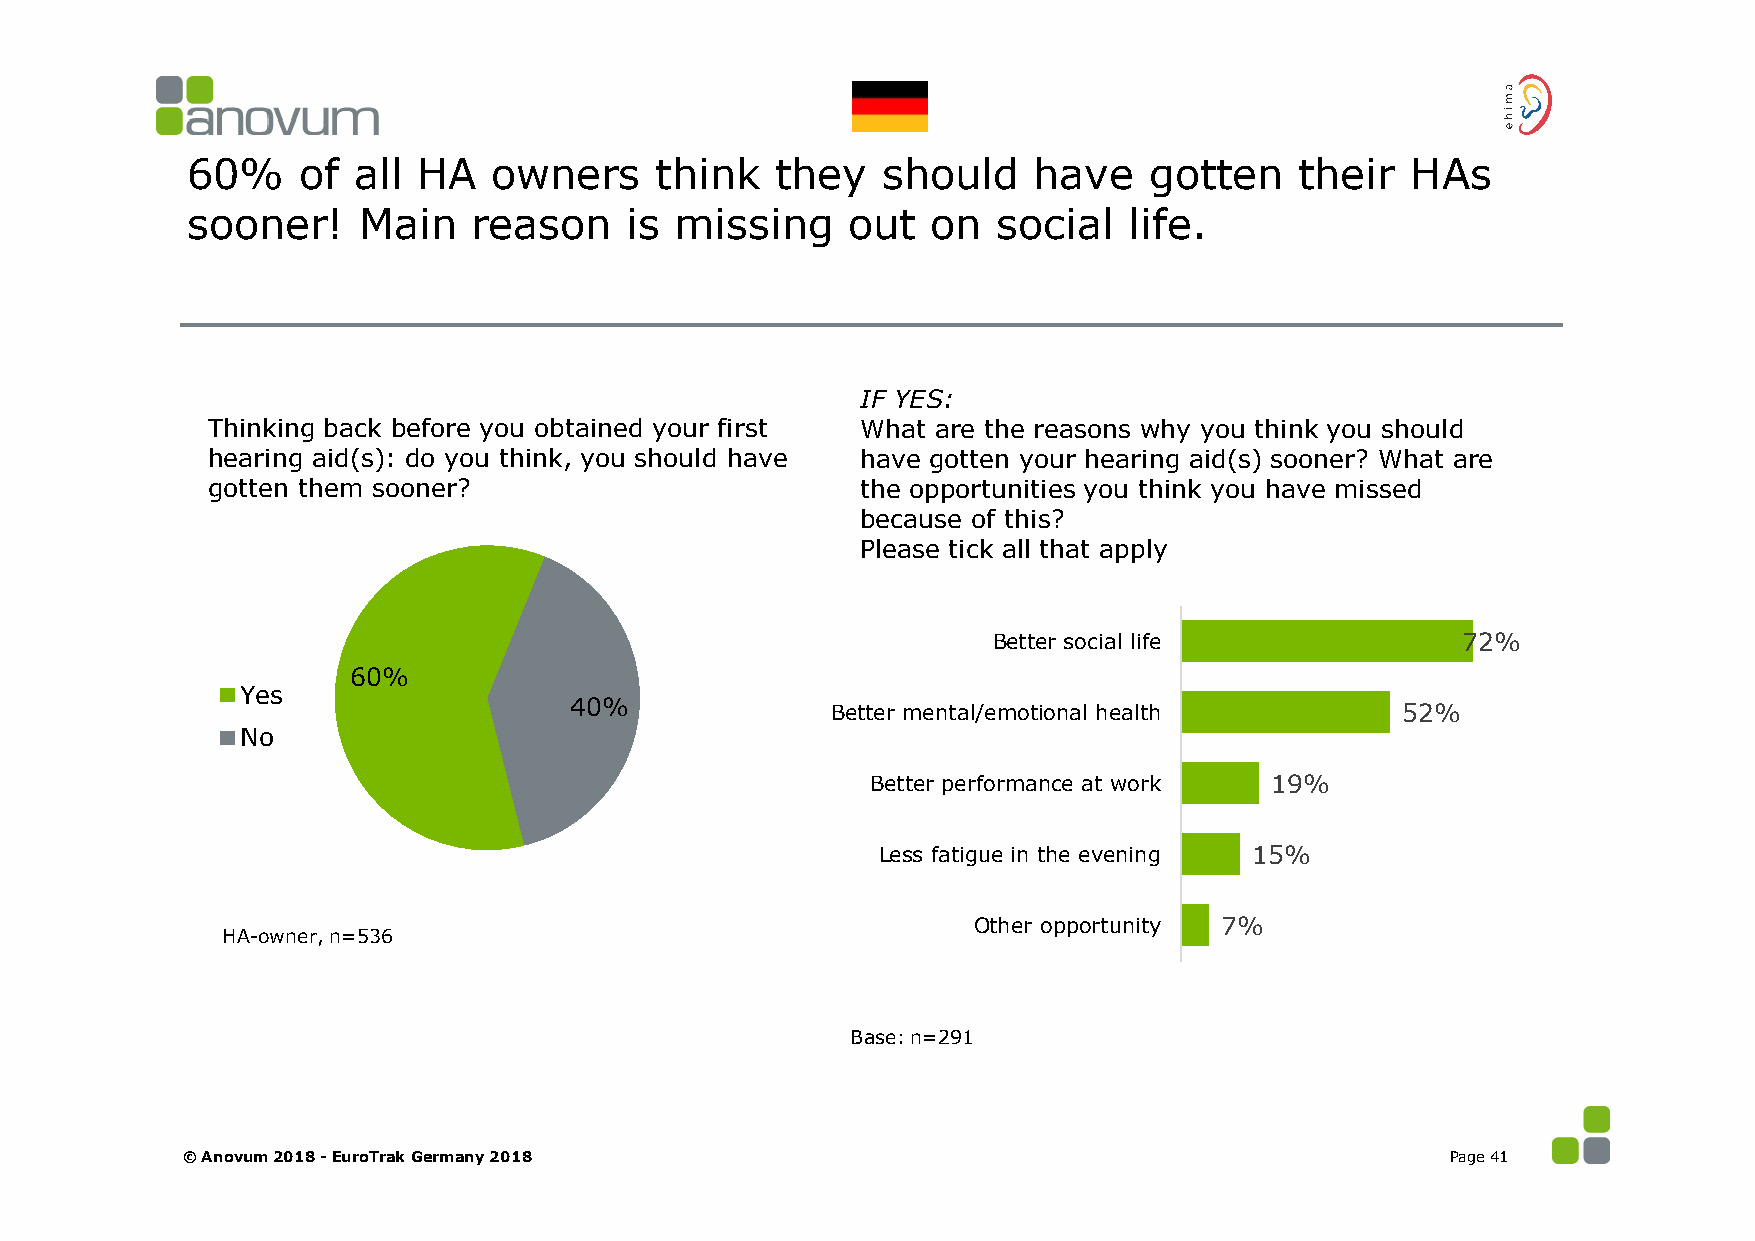
60%     of all  HA  owners     think   they   should    have    gotten    their  HAs
 sooner!     Main   reason    is  missing    out   on  social   life.
 IF YES:
 Thinking back before you obtained your first What are the reasons why you think you should
 hearing aid(s): do you think, you should have have gotten your hearing aid(s) sooner? What are
 gotten them sooner?                        the opportunities you think you have missed
 because of this?
 Please tick all that apply
 Better social life             72%
 60%
 Yes
 40%              Better mental/emotional health        52%
 No
 Better performance at work 19%
 Less fatigue in the evening 15%
 Other opportunity 7%
 HA-owner, n=536
 Base: n=291
 © Anovum 2018 -EuroTrak Germany 2018                                                Page 41